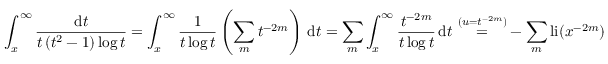
\int _ { x } ^ { \infty } { \frac { \mathrm { d } t } { t \left( t ^ { 2 } - 1 \right) \log t } } = \int _ { x } ^ { \infty } { \frac { 1 } { t \log t } } \left( \sum _ { m } t ^ { - 2 m } \right) \, \mathrm { d } t = \sum _ { m } \int _ { x } ^ { \infty } { \frac { t ^ { - 2 m } } { t \log t } } \, \mathrm { d } t \, \, { \overset { ( u = t ^ { - 2 m } ) } { = } } - \sum _ { m } \operatorname { l i } ( x ^ { - 2 m } )